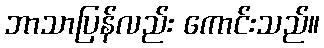
ဘာသာပြန်လည်း ကောင်းသည်။